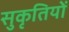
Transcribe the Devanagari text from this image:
सुकृतियों